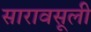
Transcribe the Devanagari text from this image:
सारावसूली